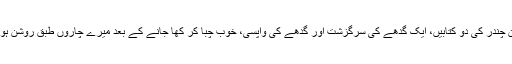
کرشن چندر کی دو کتابیں، ایک گدھے کی سرگزشت اور گدھے کی واپسی، خوب چبا کر کھا جانے کے بعد میرے چاروں طبق روشن ہوگئے۔